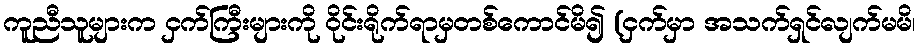
ကူညီသူများက ငှက်ကြီးများကို ဝိုင်းရိုက်ရာမှတစ်ကောင်မိ၍ (ငှက်မှာ အသက်ရှင်လျက်မမိ၊